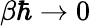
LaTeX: \beta\hbar\to 0